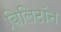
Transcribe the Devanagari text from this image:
बिलिटॉन